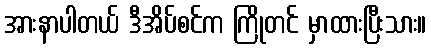
အားနာပါတယ် ဒီအိပ်စင်က ကြိုတင် မှာထားပြီးသား။